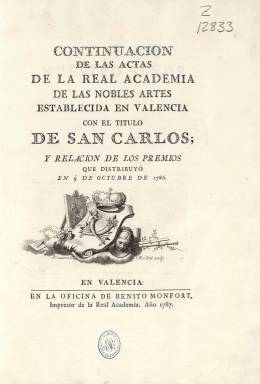
Título: Continuación de las actas de la Real Academia de las Nobles Artes ... de San Carlos, y relación de los premios ...
Otros títulos: Continuación de las actas de la Real Academia de las Nobles Artes, establecida en Valencia con el título de San Carlos, y relación de los premios ...
Colección: Anuarios e informes || Arte
Ámbito geográfico: Valencia
Lugar de publicación: Valencia
Fechas: 01/01/1786-31/12/1804

La conocida como Real Academia de Bellas Artes de San Carlos, establecida en Valencia en 1768, continúa con la publicación de sus memorias a través de nuevos impresos. La colección de la Hemeroteca Digital de la Biblioteca Nacional de España, además de las estampadas en 1773, 1781 y 1784, cuenta con las datadas en 1789 y 1805. La primera de estas es de 53 páginas foliadas, y la segunda, de 127, y ambas tienen portada propia y la dedicatoria “Al Rey, nuestro señor”, y salen de las prensas de la oficina de Benito Monfort (1715-1785), imprenta ya en manos de sus herederos, una de las familias más prestigiosas de impresores y grabadores españoles, cuya marca se prolongará hasta 1853.

La portada del primer impreso tiene un grabado con el emblema de la academia, que ya había aparecido en las memorias anteriores, en cuyo pie aparecen los nombres del grabador José Camarón Bonanat (1731-1803) y del escultor Manuel Bru (1736-1802), y este contiene las actas de la academia desde el nueve de octubre de 1786 y la relación de los premios que distribuyó el 24 de julio de 1789, así como el catálogo de los señores individuos que la componen, con sus respectivos cargos. En la página cinco, aparece estampado el grabado de una medalla referida a la beatificación de fray Nicolás Factor (1520-1583), junto a un romance heroico anónimo.

La portada del impreso de 1805 carece de grabado alguno. Contiene las actas de la academia desde el 12 de noviembre de 1801, la relación de los premios que distribuyo en su junta pública del cuatro de noviembre de 1804 y el catálogo de los señores individuos que la integran y sus respectivos cargos. Inserta también la oración que leyó don José Ortiz y Sanz (1739-1822), deán de la Colegial de San Felipe (Játiva); la poesía titulada “Valencia a las nobles artes”, de don Pedro Pichó (1769-1819), y que leyó don Nicolás Rodríguez Laso (1747-1820), que fue inquisidor fiscal de Valencia; la canción del padre Rafael del Ángel Custodio, de las Escuelas Pías; y el discurso pronunciado por don Francisco Llacer, en nombre de los premiados. Al final de la última página lleva la indicación: Imprímase Laso.

Monfort, como impresor de la academia valenciana, había publicado en 1769 sus estatutos,  y se conocen otras memorias de la misma en impresos que estampó en 1787, 1796, 1799 y 1802. Tantos estos como los que forman parte de la Hemeroteca Digital de la BNE están catalogados en otras bibliotecas como monografías antiguas. En 2009, en un volumen editado por Romà de la Calle, se recogen las conferencias pronunciadas con motivo del 250 aniversario de la creación de esta Real Academia de Bellas Artes de San Carlos de Valencia, corporación que pudo desarrollar sus trabajos artísticos gracias al apoyo que encontró en la Monarquía y su gobierno.